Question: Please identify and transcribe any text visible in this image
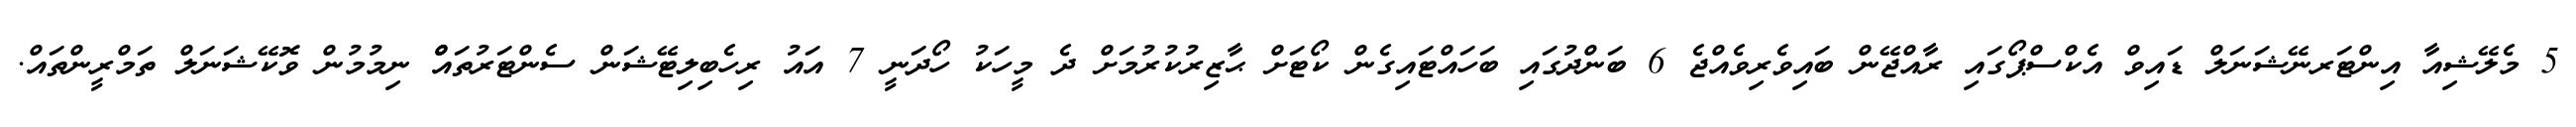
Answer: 5 މެލޭޝިއާ އިންޓަރނޭޝަނަލް ޑައިވް އެކްސްޕޯގައި ރާއްޖޭން ބައިވެރިވެއްޖެ 6 ބަންދުގައި ބަހައްޓައިގެން ކޯޓަށް ޙާޒިރުކުރުމަށް ދެ މީހަކު ހޯދަނީ 7 އައު ރިހެބިލިޓޭޝަން ސެންޓަރުތައްް ނިމުމުން ވޮކޭޝަނަލް ތަމްރީންތައް.